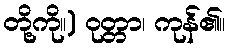
တို့ကို။) ဝုတ္တာ၊ ကုန်၏။